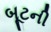
બૂટની